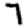
Digit: 7